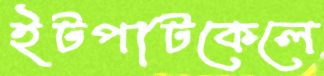
ইটপাটকেলে